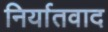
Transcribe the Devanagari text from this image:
निर्यातवाद